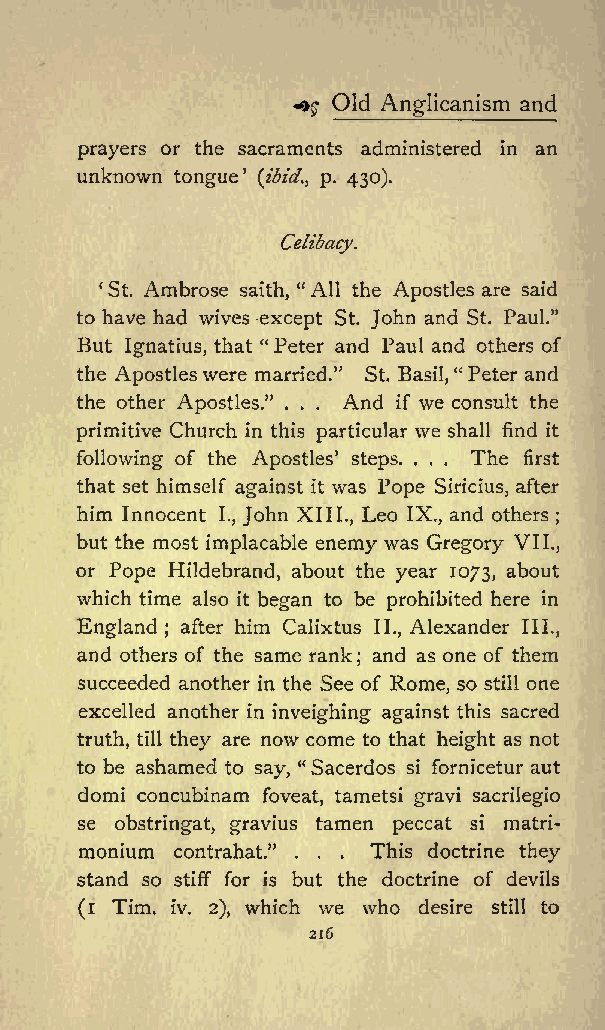
^$ Old Anglicanism and
 prayers or the sacraments administered in an
 unknown
 tongue (ibid., p. 430).
 Celibacy.
 St. Ambrose saith, &quot;All the Apostles are said
 to have had wives except St. John and St. Paul.&quot;
 But Ignatius, that &quot; Peter and Paul and others of
 the Apostles were married.&quot; St. Basil, &quot;Peter and
 the other Apostles.&quot; . . . And if we consult the
 primitive Church in this particular we shall find it
 following of the Apostles steps. . . . The first
 that set himself against it was Pope Siricius, after
 him Innocent I., John XIII., Leo IX., and others ;
 but the most implacable enemy was Gregory VII.,
 or Pope Hildebrand, about the year 1073, about
 which time also it began to be prohibited here in
 England ; after him Calixtus II., Alexander III.,
 and others of the same rank and as one of them
 ;
 succeeded another in the See of Rome, so still one
 excelled another in inveighing against this sacred
 truth, till they are now come to that height as not
 to be ashamed to say, &quot;Sacerdos si fornicetur aut
 domi concubinam foveat, tametsi gravi sacrilegio
 se obstringat, gravius tamen peccat si matri-
 monium contrahat.&quot; . . . This doctrine they
 stand so stiff for is but the doctrine of devils
 (i Tim. iv. 2), which we who desire still to
 216